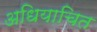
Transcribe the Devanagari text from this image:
अधियाचित